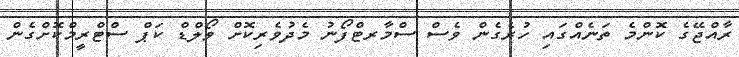
ރާއްޖޭގެ ކޮންމެ ތަނެއްގައި ހުރެގެން ވެސް ސްމާރޓްފޯނު މެދުވެރިކޮށް ވޯލްޑް ކަޕް ސްޓްރީމްކޮށްގެން